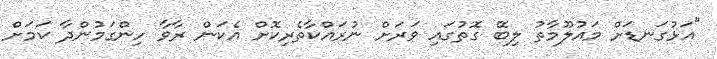
"އަޅުގަނޑަށް މައުލޫމާތު ލިބޭ ގޮތުގައި ވަރަށް ނުރައްކާތެރިކޮށް އެކަން ރާވާ ހިންގަމުންދާ ކަމަށް